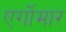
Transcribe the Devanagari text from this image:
एर्गोमार